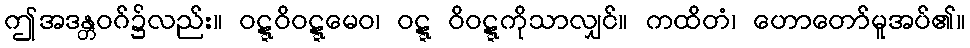
ဤအဒန္တဝဂ်၌လည်း။ ဝဋ္ဋဝိဝဋ္ဋမေဝ၊ ဝဋ္ဋ ဝိဝဋ္ဋကိုသာလျှင်။ ကထိတံ၊ ဟောတော်မူအပ်၏။